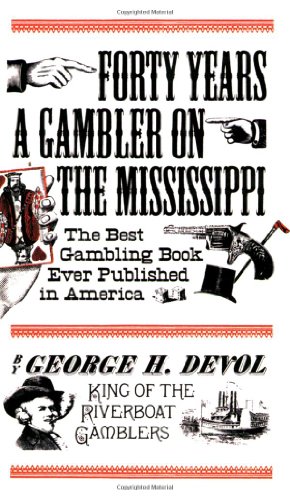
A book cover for Forty Years a Gambler on the Mississippi; George Devol; Travel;